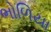
ભોળિયા